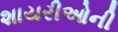
શાયરીઓની